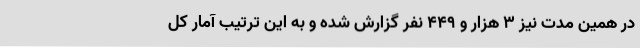
در همین مدت نیز ۳ هزار و ۴۴۹ نفر گزارش شده و به این ترتیب آمار کل